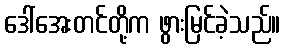
ဒေါ်အေးတင်တို့က ဖွားမြင်ခဲ့သည်။